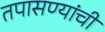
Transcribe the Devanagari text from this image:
तपासण्यांची